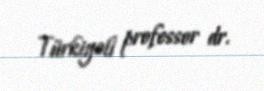
Türkiyəli professor dr.